Vaccine operations Central Provinces & Berar 1912-1920 - 1912-1920
Year: 1912
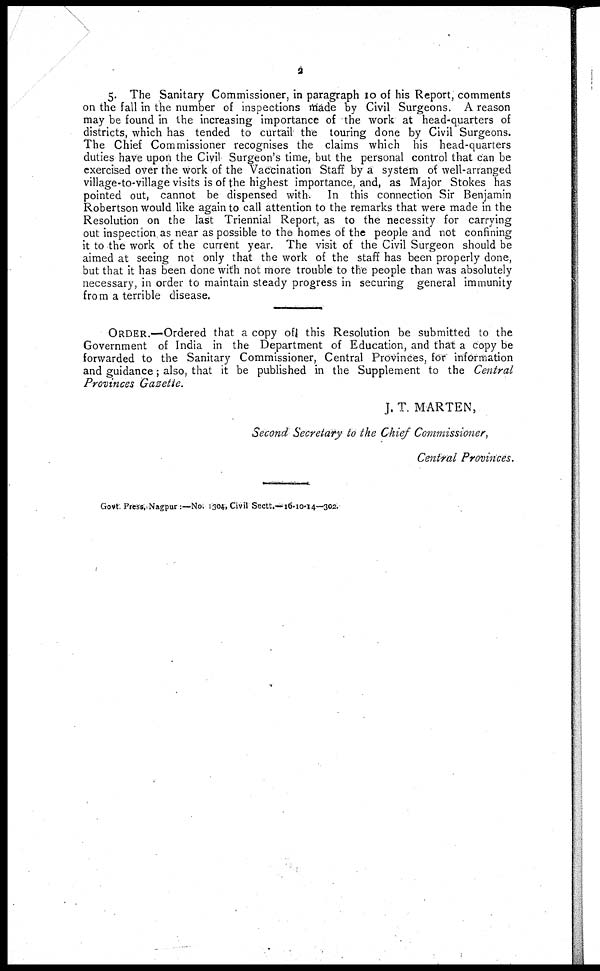
2
5. The Sanitary Commissioner, in paragraph 10 of his Report, comments
on the fall in the number of inspections made by Civil Surgeons. A reason
may be found in the increasing importance of the work at head-quarters of
districts, which has tended to curtail the touring done by Civil Surgeons.
The Chief Commissioner recognises the claims which his head-quarters
duties have upon the Civil Surgeon's time, but the personal control that can be
exercised over the work of the Vaccination Staff by a system of well-arranged
village-to-village visits is of the highest importance, and, as Major Stokes has
pointed out, cannot be dispensed with
In this connection Sir Benjamin
Robertson would like again to call attention to the remarks that were made in the
Resolution on the last Triennial Report, as to the necessity for carrying
out inspection as near as possible to the homes of the people and not confining
it to the work of the current year. The visit of the Civil Surgeon should be
aimed at seeing not only that the work of the staff has been properly done,
but that it has been done with not more trouble to the people than was absolutely
necessary, in order to maintain steady progress in securing general immunity
from a terrible disease.
ORDER.—Ordered that a copy of this Resolution be submitted to the
Government of India in the Department of Education, and that a copy be
forwarded to the Sanitary Commissioner, Central Provinces, for information
and guidance; also, that it be published in the Supplement to the Central
Provinces Gazette.
J. T. MARTEN,
Second Secretary to the Chief Commissioner,
Central Provinces.
Govt. Press, Nagpur :—No. 1304, Civil Sectt.— 16-10-14—302.